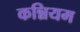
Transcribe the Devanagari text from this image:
कन्नियम